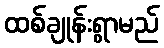
ထစ်ချုန်းရွာမည်